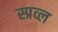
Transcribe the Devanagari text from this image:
स्प्रव्ल